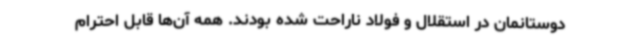
دوستانمان در استقلال و فولاد ناراحت شده بودند. همه آن‌ها قابل احترام